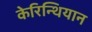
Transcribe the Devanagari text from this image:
केरिन्थियान